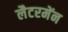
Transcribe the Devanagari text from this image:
लैटरमेंन